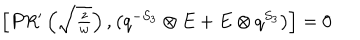
LaTeX: \begin{array} { c } { { \left[ P R ^ { \prime } \left( \sqrt { \frac { z } { w } } \right) , \left( q ^ { - S _ { 3 } } \otimes E + E \otimes q ^ { S _ { 3 } } \right) \right] = 0 } } \\ \end{array}